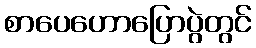
စာပေဟောပြောပွဲတွင်